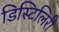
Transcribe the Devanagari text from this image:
डिस्टिलिरी